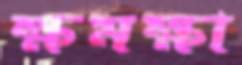
ক্ষমক্ষা